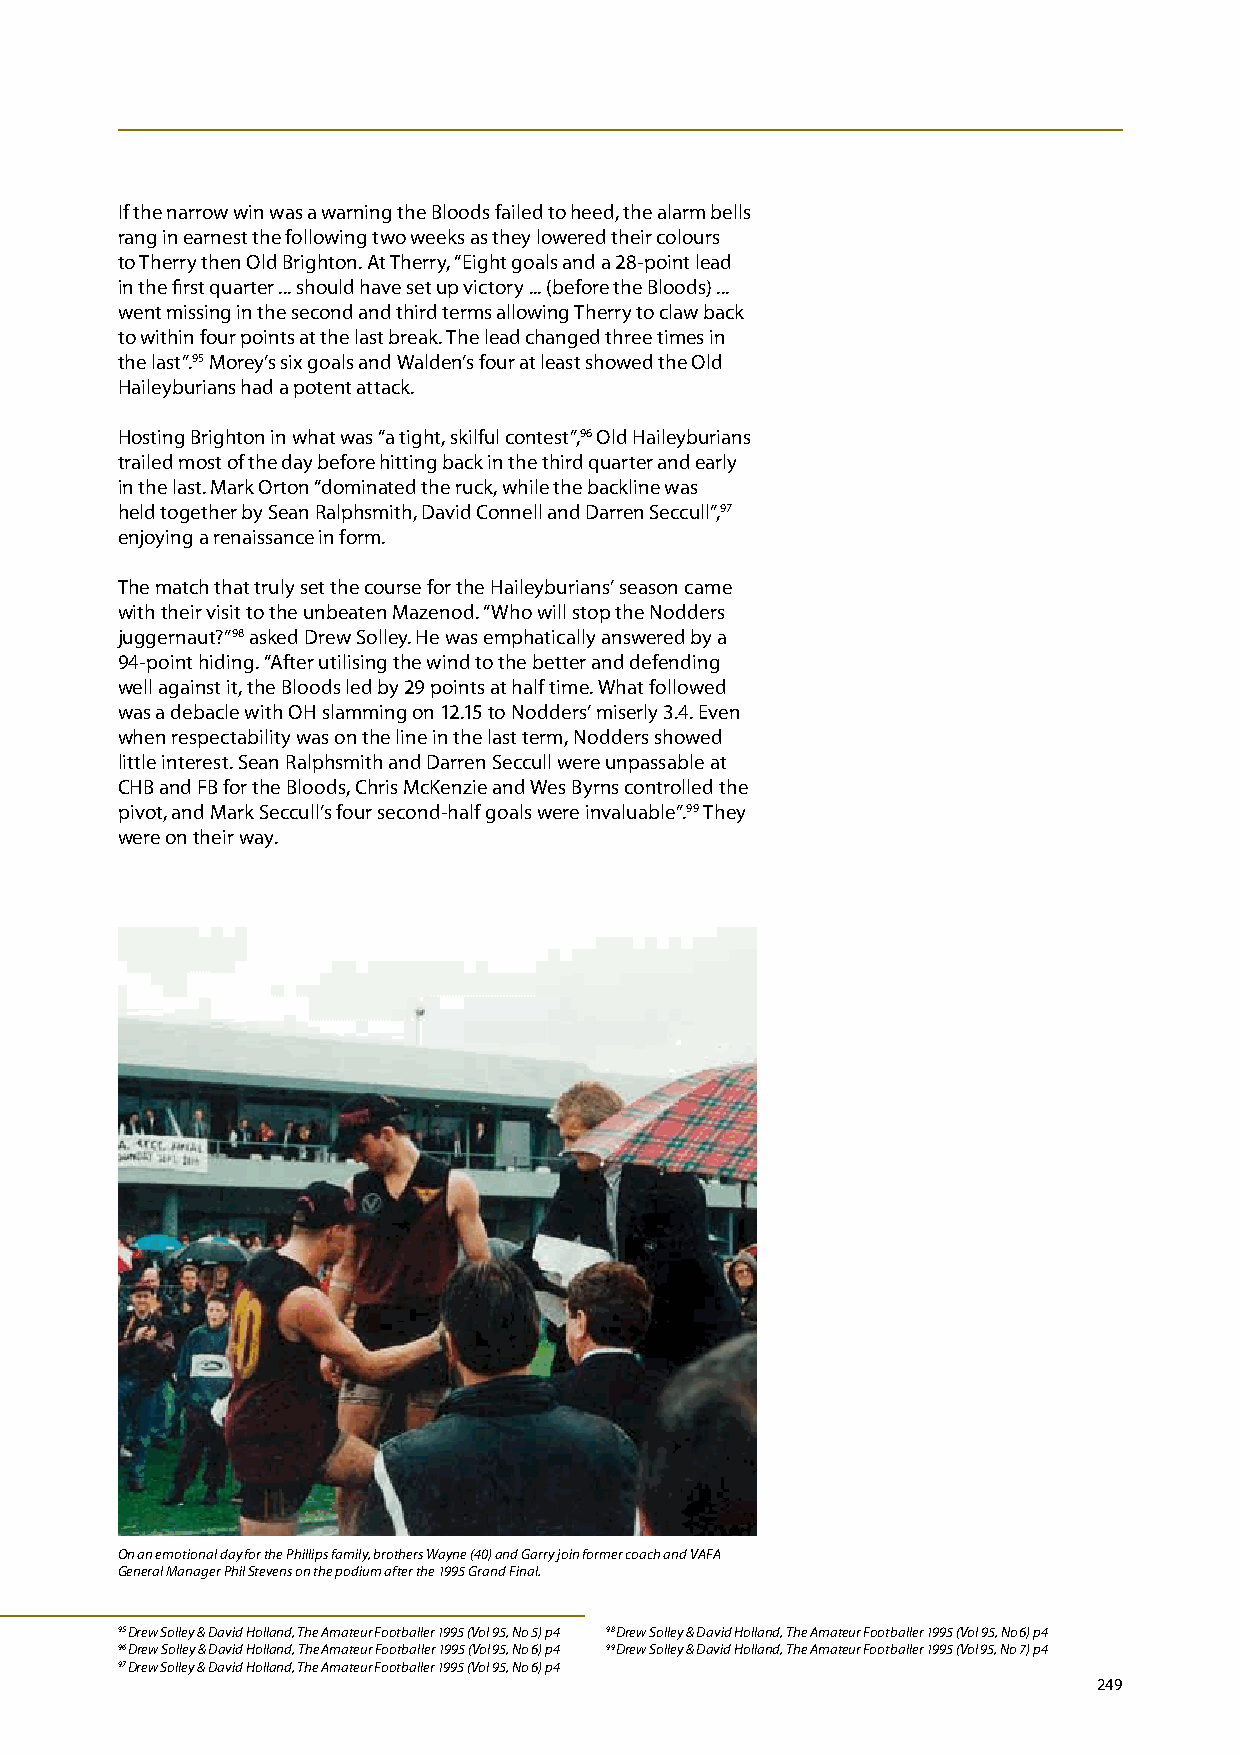
If the narrow win was a warning the Bloods failed to heed, the alarm bells
 rang in earnest the following two weeks as they lowered their colours
 to Therry then Old Brighton. At Therry, “Eight goals and a 28-point lead
 in the first quarter ... should have set up victory ... (before the Bloods) ...
 went missing in the second and third terms allowing Therry to claw back
 to within four points at the last break. The lead changed three times in
 the last”.95 Morey’s six goals and Walden’s four at least showed the Old
 Haileyburians had a potent attack.
 Hosting Brighton in what was “a tight, skilful contest”,96 Old Haileyburians
 trailed most of the day before hitting back in the third quarter and early
 in the last. Mark Orton “dominated the ruck, while the backline was
 held together by Sean Ralphsmith, David Connell and Darren Seccull”,97
 enjoying a renaissance in form.
 The match that truly set the course for the Haileyburians’ season came
 with their visit to the unbeaten Mazenod. “Who will stop the Nodders
 juggernaut?”98 asked Drew Solley. He was emphatically answered by a
 94-point hiding. “After utilising the wind to the better and defending
 well against it, the Bloods led by 29 points at half time. What followed
 was a debacle with OH slamming on 12.15 to Nodders’ miserly 3.4. Even
 when respectability was on the line in the last term, Nodders showed
 little interest. Sean Ralphsmith and Darren Seccull were unpassable at
 CHB and FB for the Bloods, Chris McKenzie and Wes Byrns controlled the
 pivot, and Mark Seccull’s four second-half goals were invaluable”.99 They
 were on their way.
 On an emotional day for the Phillips family, brothers Wayne (40) and Garry join former coach and VAFA
 General Manager Phil Stevens on the podium after the 1995 Grand Final.
 95 Drew Solley & David Holland, The Amateur Footballer 1995 (Vol 95, No 5) p4 98 Drew Solley & David Holland, The Amateur Footballer 1995 (Vol 95, No 6) p4
 96 Drew Solley & David Holland, The Amateur Footballer 1995 (Vol 95, No 6) p4 99 Drew Solley & David Holland, The Amateur Footballer 1995 (Vol 95, No 7) p4
 97 Drew Solley & David Holland, The Amateur Footballer 1995 (Vol 95, No 6) p4
 249